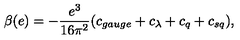
\beta ( e ) = - \frac { e ^ { 3 } } { 1 6 \pi ^ { 2 } } ( c _ { g a u g e } + c _ { \lambda } + c _ { q } + c _ { s q } ) ,